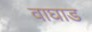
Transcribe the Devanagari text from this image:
वाघाड